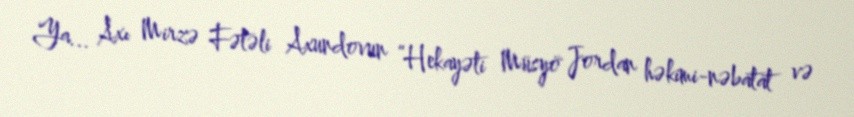
Ya... Axı Mirzə Fətəli Axundovun “Hekayəti Müsyö Jordan həkimi-nəbatat və